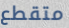
متقطع